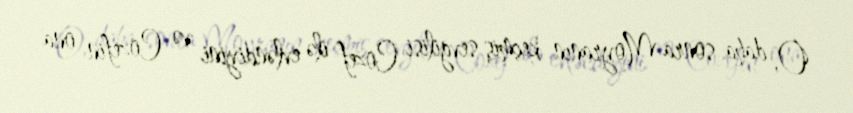
O, daha sonra Moyranın keçmiş sevgilisi Cozef ilə evləndiyini və Cozefin ona